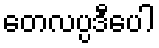
တေလပ္ပဒီပေါ